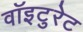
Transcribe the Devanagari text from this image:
वॉइटुरेट